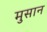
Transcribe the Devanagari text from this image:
मुसान